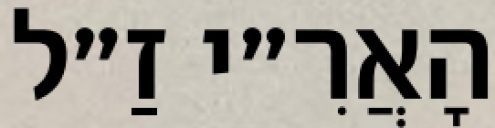
הָאֲרִ״י זַ״ל